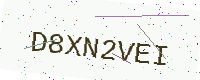
Text: D8XN2VEI